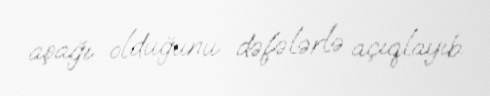
aşağı olduğunu dəfələrlə açıqlayıb.